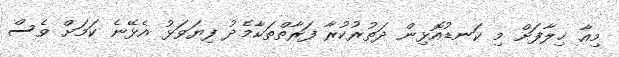
މިއާ ޚިލާފަށް މި ކަނޑުއޮޅިން ދަތުރުކުރާ ފަރާތްތަކާމެދު ފިޔަވަޅު އެޅޭނެ ކަމަށް ވެސް